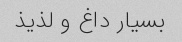
بسیار داغ و لذیذ